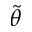
\tilde { \theta }